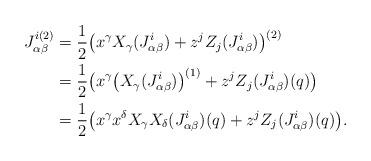
LaTeX: \begin{align*} J_{\alpha\beta}^{i(2)}&= \frac{1}{2}\big{(}x^\gamma X_\gamma(J_{\alpha\beta}^{i})+z^j Z_j(J_{\alpha\beta}^{i})\big{)}^{(2)} \\ &=\frac{1}{2}\big{(}x^\gamma \big(X_\gamma(J_{\alpha\beta}^{i})\big)^{(1)}+z^j Z_j(J_{\alpha\beta}^{i})(q)\big{)}\\ &=\frac{1}{2}\big{(}x^\gamma x^\delta X_\gamma X_\delta(J_{\alpha\beta}^{i})(q)+z^j Z_j(J_{\alpha\beta}^{i})(q)\big{)}. \end{align*}